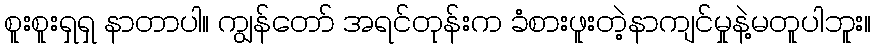
စူးစူးရှရှ နာတာပါ။ ကျွန်တော် အရင်တုန်းက ခံစားဖူးတဲ့နာကျင်မှုနဲ့မတူပါဘူး။